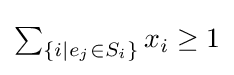
\textstyle \sum _{\{i\mid e_{j}\in S_{i}\}}x_{i}\geq 1